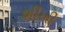
શીખી